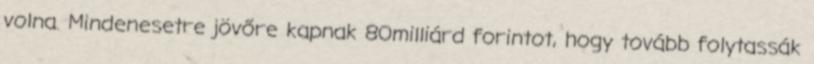
volna. Mindenesetre jövőre kapnak 80milliárd forintot, hogy tovább folytassák